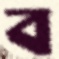
ব